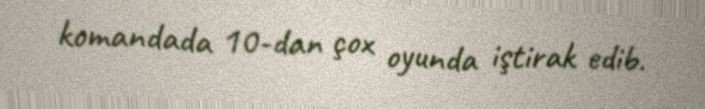
komandada 10-dan çox oyunda iştirak edib.